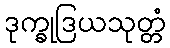
ဒုက္ခုဒြယသုတ္တံ